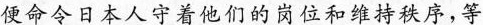
便命令日本人守着他们的岗位和维持秩序，等